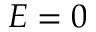
E = 0